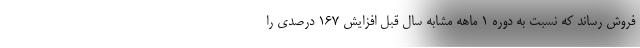
فروش رساند که نسبت به دوره ۱ ماهه مشابه سال قبل افزایش ۱۶۷ درصدی را